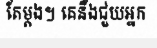
តែម្តង។ គេនឹងជួយអ្នក